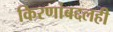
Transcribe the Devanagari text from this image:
किरणांबद्दलही